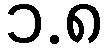
၁.၈